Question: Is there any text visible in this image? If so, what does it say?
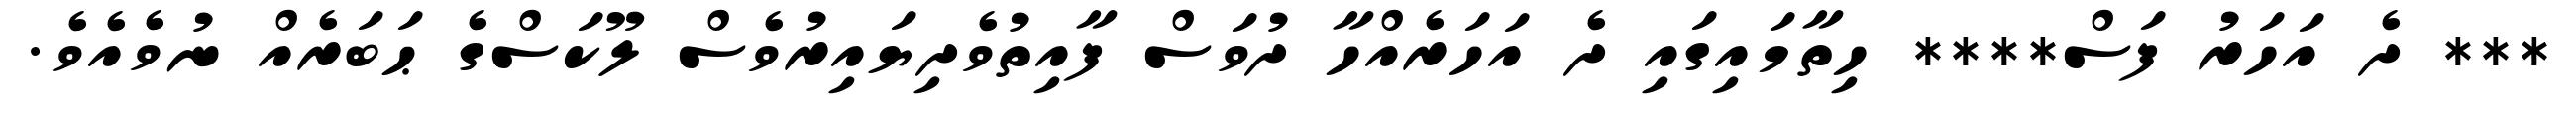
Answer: *** ދެ އަހަރު ފަސް**** ހިތާމައިގައި ދެ އަހަރެއްހާ ދުވަސް ފާއިތުވެދިޔައިރުވެސް ލޫކަސްގެ ޙަބަރެއް ނުވެއެވެ.